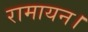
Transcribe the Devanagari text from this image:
रामायन।